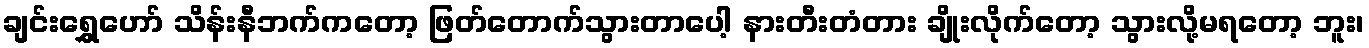
ချင်းရွှေဟော် သိန်းနီဘက်ကတော့ ဖြတ်တောက်သွားတာပေါ့ နားတီးတံတား ချိုးလိုက်တော့ သွားလို့မရတော့ ဘူး၊